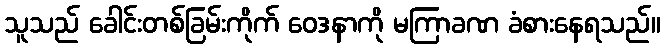
သူသည် ခေါင်းတစ်ခြမ်းကိုက် ဝေဒနာကို မကြာခဏ ခံစားနေရသည်။